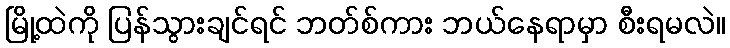
မြို့ထဲကို ပြန်သွားချင်ရင် ဘတ်စ်ကား ဘယ်နေရာမှာ စီးရမလဲ။